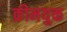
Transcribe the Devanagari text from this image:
क्रीमयुक्त